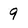
Character: 9